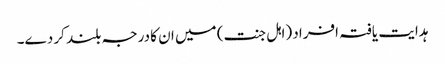
ہدایت یافتہ افراد (اہل جنت) میں ان کا درجہ بلند کر دے۔